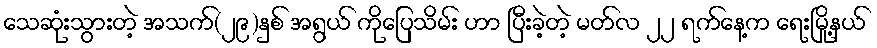
သေဆုံးသွားတဲ့ အသက်(၂၉)နှစ် အရွယ် ကိုပြေသိမ်း ဟာ ပြီးခဲ့တဲ့ မတ်လ ၂၂ ရက်နေ့က ရေးမြို့နယ်